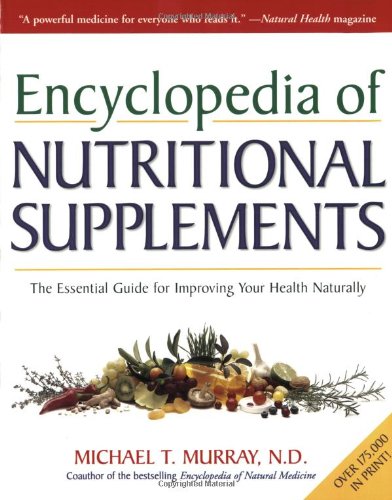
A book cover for Encyclopedia of Nutritional Supplements: The Essential Guide for Improving Your Health Naturally; Michael T. Murray; Health, Fitness & Dieting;